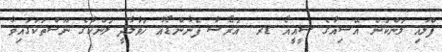
ފްލައި ލަންކަން އޭޝިއާގެ ސީއީއޯ ޑރ. އަރޯޝާ ފެނާންޑޯއާ ހަވާލާދީ ލަންކާގެ ނޫސްތަކުގައިވާ